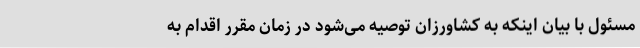
مسئول با بیان اینکه به کشاورزان توصیه می‌شود در زمان مقرر اقدام به